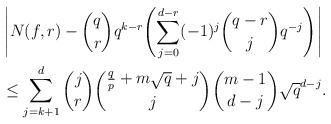
LaTeX: \begin{align*}&\left|N(f, r)-{q \choose r}q^{k-r}\displaystyle{\left(\sum_{j=0}^{d-r} (-1)^{j}{q-r \choose j} q^{-j}\right)}\right|\\&\leq \sum_{j=k+1}^d{j \choose r}{\frac {q}p+m\sqrt{q}+j \choose j}{m-1 \choose d-j} \sqrt{q}^{d-j}. \end{align*}